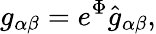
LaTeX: g_{\alpha\beta}=e^{\Phi}\hat{g}_{\alpha\beta},